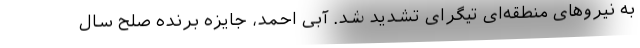
به نیروهای منطقه‌ای تیگرای تشدید شد. آبی احمد، جایزه برنده صلح سال